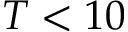
T < 1 0